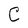
Character: C